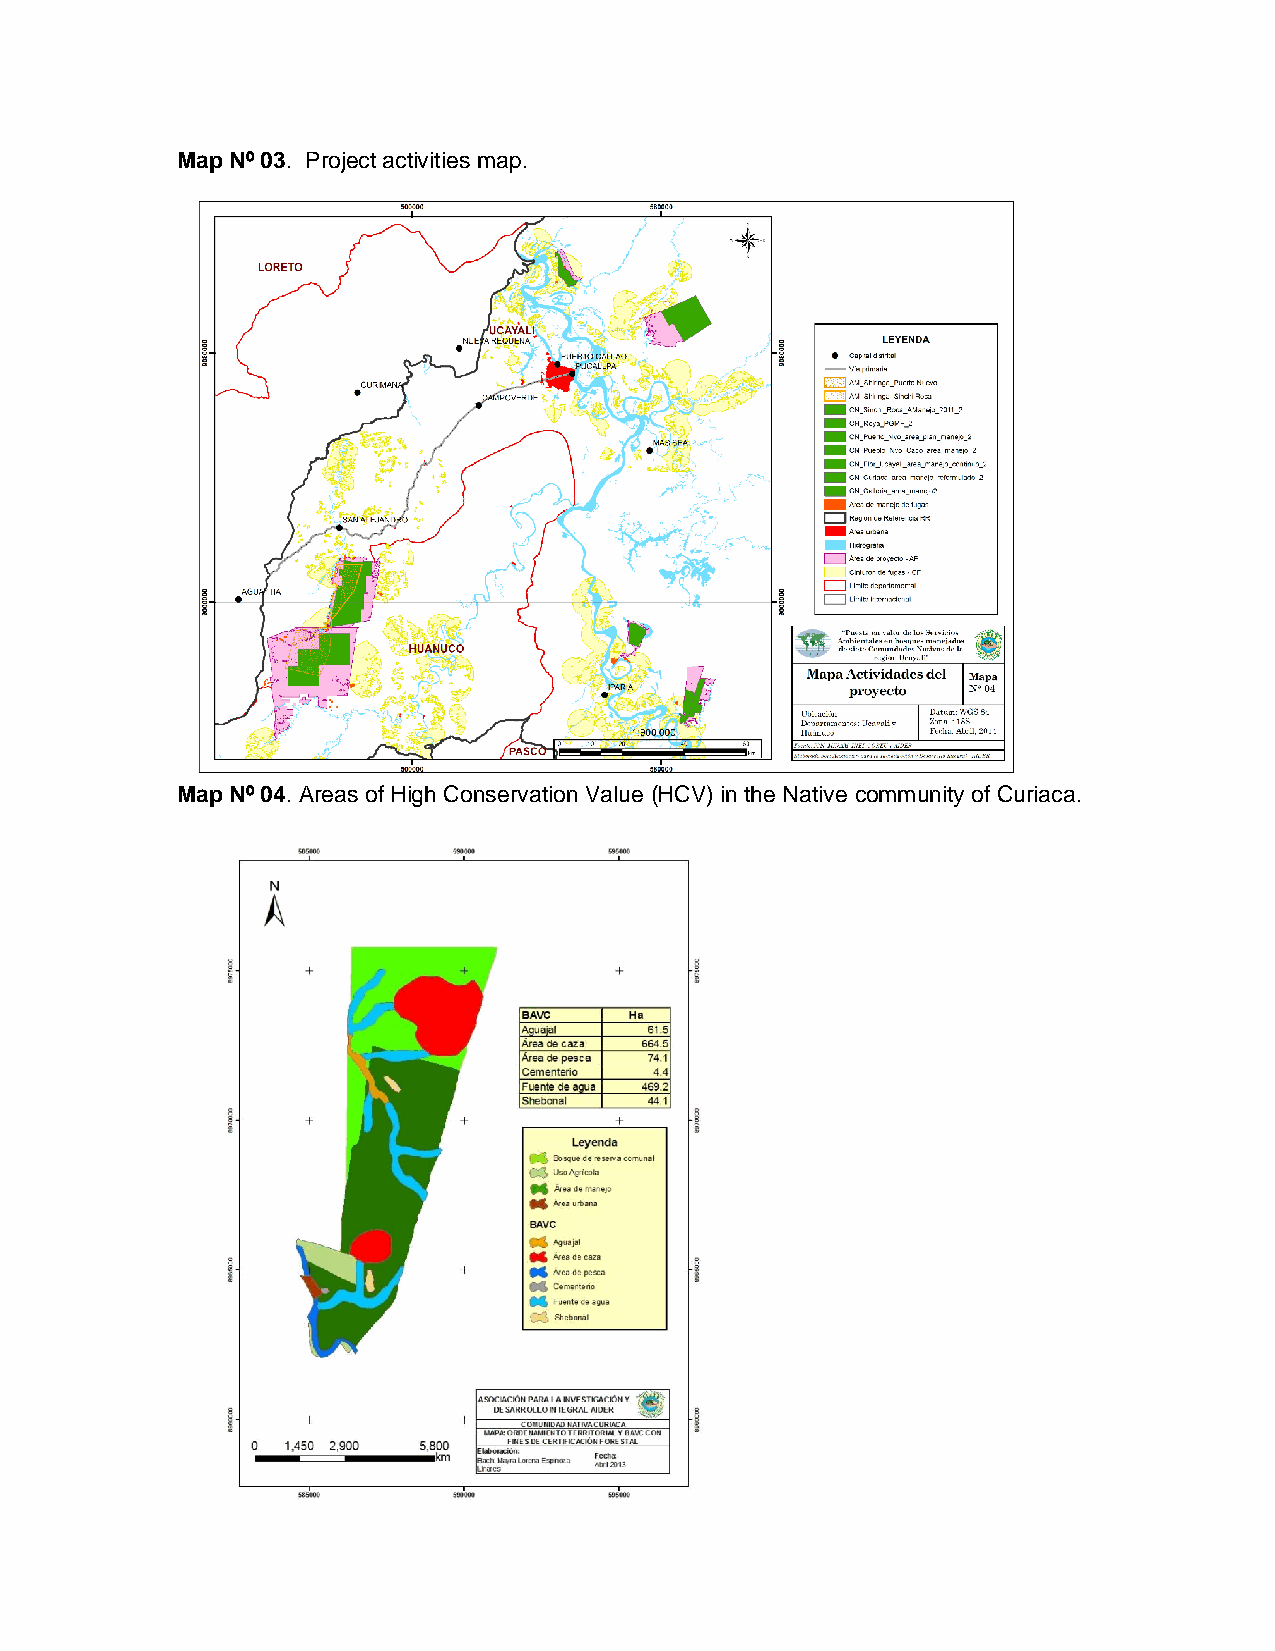
Map Nº 03. Project activities map.
 Map Nº 04. Areas of High Conservation Value (HCV) in the Native community of Curiaca.